Indian journal of veterinary science and animal husbandry - Volumes 24-25, 1954-1955
Year: 1954
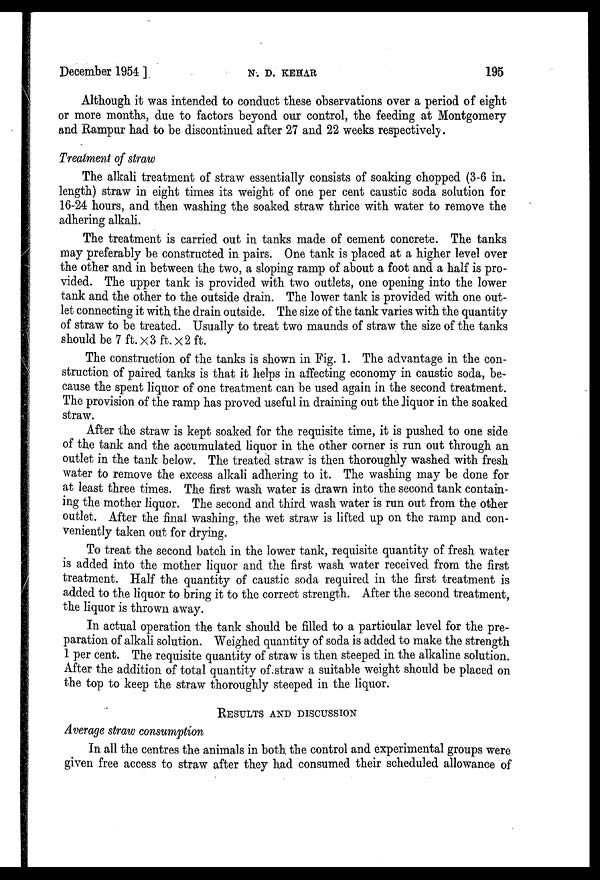
December 1954 ]
N.
D.
KEHAR
195
Although it was intended to conduct these observations over a period of eight
or more months, due to factors beyond our control, the feeding at Montgomery
and Rampur had to be discontinued after 27 and 22 weeks respectively.
Treatment of straw
The alkali treatment of straw essentially consists of soaking chopped (3-6 in.
length) straw in eight times its weight of one per cent caustic soda solution for
16-24 hours, and then washing the soaked straw thrice with water to remove the
adhering alkali.
The treatment is carried out in tanks made of cement concrete. The tanks
may preferably be constructed in pairs. One tank is placed at a higher level over
the other and in between the two, a sloping ramp of about a foot and a half is pro-
vided. The upper tank is provided with two outlets, one opening into the lower
tank and the other to the outside drain. The lower tank is provided with one out-
let connecting it with the drain outside. The size of the tank varies with the quantity
of straw to be treated. Usually to treat two maunds of straw the size of the tanks
should be 7 ft. × 3 ft. × 2 ft.
The construction of the tanks is shown in Fig. 1. The advantage in the con-
struction of paired tanks is that it helps in affecting economy in caustic soda, be-
cause the spent liquor of one treatment can be used again in the second treatment.
The provision of the ramp has proved useful in draining out the liquor in the soaked
straw.
After the straw is kept soaked for the requisite time, it is pushed to one side
of the tank and the accumulated liquor in the other corner is run out through an
outlet in the tank below. The treated straw is then thoroughly washed with fresh
water to remove the excess alkali adhering to it. The washing may be done for
at least three times. The first wash water is drawn into the second tank contain-
ing the mother liquor. The second and third wash water is run out from the other
outlet. After the final washing, the wet straw is lifted up on the ramp and con-
veniently taken out for drying.
To treat the second batch in the lower tank, requisite quantity of fresh water
is added into the mother liquor and the first wash water received from the first
treatment. Half the quantity of caustic soda required in the first treatment is
added to the liquor to bring it to the correct strength. After the second treatment,
the liquor is thrown away.
In actual operation the tank should be filled to a particular level for the pre-
paration of alkali solution. Weighed quantity of soda is added to make the strength
1 per cent. The requisite quantity of straw is then steeped in the alkaline solution.
After the addition of total quantity of straw a suitable weight should be placed on
the top to keep the straw thoroughly steeped in the liquor.
RESULTS AND DISCUSSION
Average straw consumption
In all the centres the animals in both the control and experimental groups were
given free access to straw after they had consumed their scheduled allowance of